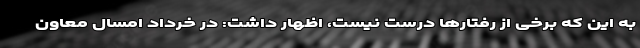
به این که برخی از رفتارها درست نیست، اظهار داشت: در خرداد امسال معاون